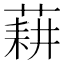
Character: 𦷂